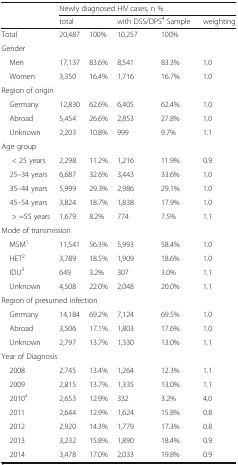
<table><thead><tr><td rowspan="2"></td><td colspan="5"><b>Newly diagnosed HIV cases, n %</b></td></tr><tr><td colspan="2"><b>total</b></td><td colspan="2"><b>with DSS/DPS<sup>4</sup> Sample</b></td><td><b>weighting</b></td></tr></thead><tbody><tr><td>Total</td><td>20,487</td><td>100%</td><td>10,257</td><td>100%</td><td></td></tr><tr><td colspan="6">Gender</td></tr><tr><td> Men</td><td>17,137</td><td>83.6%</td><td>8,541</td><td>83.3%</td><td>1.0</td></tr><tr><td> Women</td><td>3,350</td><td>16.4%</td><td>1,716</td><td>16.7%</td><td>1.0</td></tr><tr><td colspan="6">Region of origin</td></tr><tr><td> Germany</td><td>12,830</td><td>62.6%</td><td>6,405</td><td>62.4%</td><td>1.0</td></tr><tr><td> Abroad</td><td>5,454</td><td>26.6%</td><td>2,853</td><td>27.8%</td><td>1.0</td></tr><tr><td> Unknown</td><td>2,203</td><td>10.8%</td><td>999</td><td>9.7%</td><td>1.1</td></tr><tr><td colspan="6">Age group</td></tr><tr><td>&lt; 25 years</td><td>2,298</td><td>11.2%</td><td>1,216</td><td>11.9%</td><td>0.9</td></tr><tr><td> 25–34 years</td><td>6,687</td><td>32.6%</td><td>3,443</td><td>33.6%</td><td>1.0</td></tr><tr><td> 35–44 years</td><td>5,999</td><td>29.3%</td><td>2,986</td><td>29.1%</td><td>1.0</td></tr><tr><td> 45–54 years</td><td>3,824</td><td>18.7%</td><td>1,838</td><td>17.9%</td><td>1.0</td></tr><tr><td>&gt; =55 years</td><td>1,679</td><td>8.2%</td><td>774</td><td>7.5%</td><td>1.1</td></tr><tr><td colspan="6">Mode of transmission</td></tr><tr><td> MSM<sup>1</sup></td><td>11,541</td><td>56.3%</td><td>5,993</td><td>58.4%</td><td>1.0</td></tr><tr><td> HET<sup>2</sup></td><td>3,789</td><td>18.5%</td><td>1,909</td><td>18.6%</td><td>1.0</td></tr><tr><td> IDU<sup>3</sup></td><td>649</td><td>3.2%</td><td>307</td><td>3.0%</td><td>1.1</td></tr><tr><td> Unknown</td><td>4,508</td><td>22.0%</td><td>2,048</td><td>20.0%</td><td>1.1</td></tr><tr><td colspan="6">Region of presumed infection</td></tr><tr><td> Germany</td><td>14,184</td><td>69.2%</td><td>7,124</td><td>69.5%</td><td>1.0</td></tr><tr><td> Abroad</td><td>3,506</td><td>17.1%</td><td>1,803</td><td>17.6%</td><td>1.0</td></tr><tr><td> Unknown</td><td>2,797</td><td>13.7%</td><td>1,330</td><td>13.0%</td><td>1.1</td></tr><tr><td colspan="6">Year of Diagnosis</td></tr><tr><td> 2008</td><td>2,745</td><td>13.4%</td><td>1,264</td><td>12.3%</td><td>1.1</td></tr><tr><td> 2009</td><td>2,815</td><td>13.7%</td><td>1,335</td><td>13.0%</td><td>1.1</td></tr><tr><td> 2010<sup>a</sup></td><td>2,653</td><td>12.9%</td><td>332</td><td>3.2%</td><td>4.0</td></tr><tr><td> 2011</td><td>2,644</td><td>12.9%</td><td>1,624</td><td>15.8%</td><td>0.8</td></tr><tr><td> 2012</td><td>2,920</td><td>14.3%</td><td>1,779</td><td>17.3%</td><td>0.8</td></tr><tr><td> 2013</td><td>3,232</td><td>15.8%</td><td>1,890</td><td>18.4%</td><td>0.9</td></tr><tr><td> 2014</td><td>3,478</td><td>17.0%</td><td>2,033</td><td>19.8%</td><td>0.9</td></tr></tbody></table>